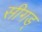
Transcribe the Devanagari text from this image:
सीगड्